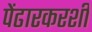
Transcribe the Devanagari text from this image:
पेंढारकरशी